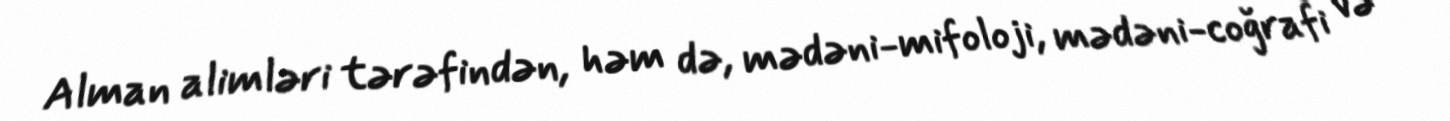
Alman alimləri tərəfindən, həm də, mədəni-mifoloji, mədəni-coğrafi və